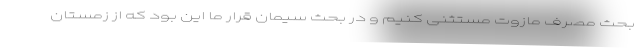
بحث مصرف مازوت مستثنی کنیم و در بحث سیمان قرار ما این بود که از زمستان